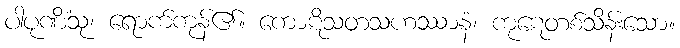
ပါပုဏိံသု၊ ရောက်ကုန်၏။ ကောဋိသတသဟဿာနံ၊ ကုဋေတစ်သိန်းသော။